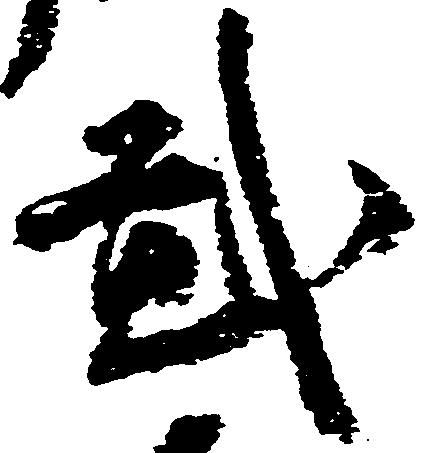
弐